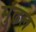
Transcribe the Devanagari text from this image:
मुंढल